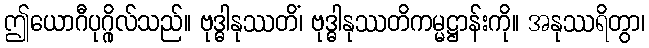
ဤယောဂီပုဂ္ဂိုလ်သည်။ ဗုဒ္ဓါနုဿတိံ၊ ဗုဒ္ဓါနုဿတိကမ္မဋ္ဌာန်းကို။ အနုဿရိတွာ၊